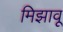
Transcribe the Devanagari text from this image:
मिझावू